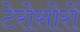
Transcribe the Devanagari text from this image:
टेरोसोरों